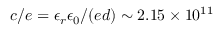
c / e = \epsilon _ { r } \epsilon _ { 0 } / ( e d ) \sim 2 . 1 5 \times 1 0 ^ { 1 1 }